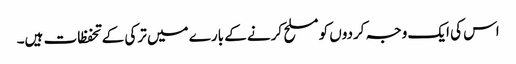
اس کی ایک وجہ کردوں کو مسلح کرنے کے بارے میں ترکی کے تحفظات ہیں۔